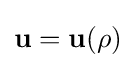
\mathbf {u} =\mathbf {u} (\mathbf {\rho } )